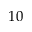
1 0